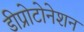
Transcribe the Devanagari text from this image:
डीप्रोटोनेशन